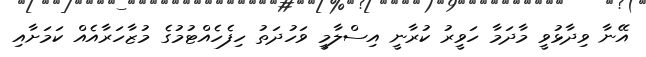
އޭނާ ވިދާޅުވީ މާދަމާ ހަވީރު ކުރާނީ އިސްލާމީ ވަހުދަތު ހިފެހެއްޓުމުގެ މުޒާހަރާއެއް ކަމަށާއި